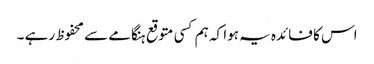
اس کا فائدہ یہ ہوا کہ ہم کسی متوقع ہنگامے سے محفوظ رہے ۔